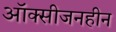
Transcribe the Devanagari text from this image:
ऑक्सीजनहीन